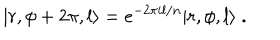
| r , \phi + 2 \pi , l \rangle = e ^ { - 2 \pi i l / n } | r , \phi , l \rangle \; .